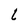
Character: L